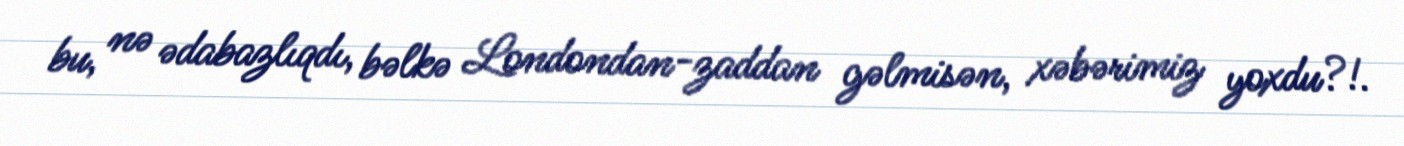
bu, nə ədabazlıqdı, bəlkə Londondan-zaddan gəlmisən, xəbərimiz yoxdu?!.